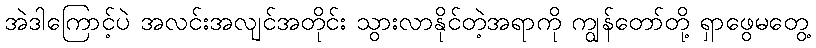
အဲဒါကြောင့်ပဲ အလင်းအလျင်အတိုင်း သွားလာနိုင်တဲ့အရာကို ကျွန်တော်တို့ ရှာဖွေမတွေ့